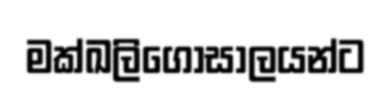
මක්ඛලිගෝසාලයන්ට